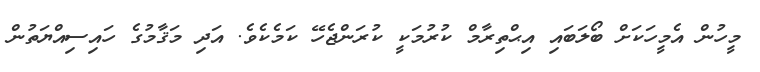
މީހުން އެމީހަކަށް ބޯލަބައި އިޙްތިރާމް ކުރުމަކީ ކުރަންޖެހޭ ކަމެކެވެ. އަދި މަޤާމުގެ ހައިސިއްޔަތުން